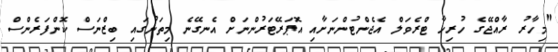
"މިހާރު ރާއްޖޭގެ ހުރިހާ ޓްރެވަލް އެޖެންޓުންނަށާއި އޮޕަރޭޓަރުންނަށް އެނގޭނެ މިތަނުގައި ބިޒްނަސް ކޮންފަރެންސް